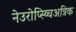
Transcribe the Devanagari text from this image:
नेउरोप्स्य्चिअत्रिक